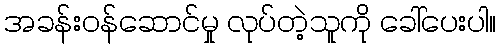
အခန်းဝန်ဆောင်မှု လုပ်တဲ့သူကို ခေါ်ပေးပါ။